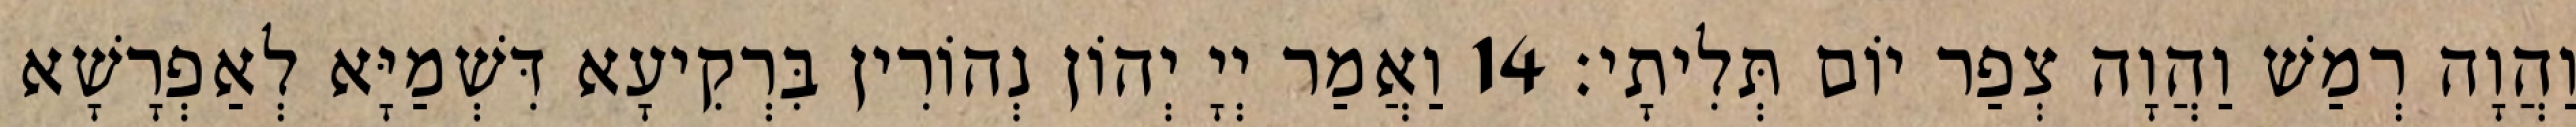
וַהֲוָה רְמַשׁ וַהֲוָה צְפַר יוֹם תְּלִיתָי׃ 14 וַאֲמַר יְיָ יְהוֹן נְהוֹרִין בִּרְקִיעָא דִּשְׁמַיָּא לְאַפְרָשָׁא